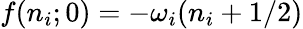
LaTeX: f(n_{i};0)=-\omega_{i}(n_{i}+1/2)